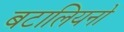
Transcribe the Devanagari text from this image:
बटालियनो